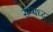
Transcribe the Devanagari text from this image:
सम्बध्द